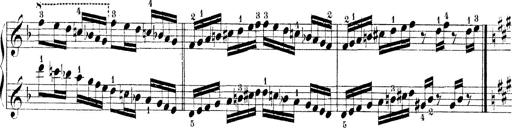
Title: Technische Studien
Composer: Franz Liszt